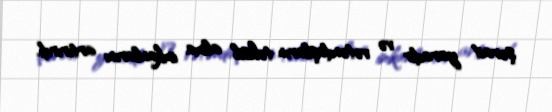
şərait yaradır və vətəndaşların təhsil alma imkanlarını artırırdı.